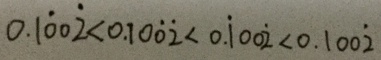
0 . 1 \dot { 0 } 0 \dot { 2 } < 0 . 1 0 \dot { 0 } \dot { 2 } < 0 . \dot { 1 } 0 0 \dot { 2 } < 0 . 1 0 0 \dot { 2 }